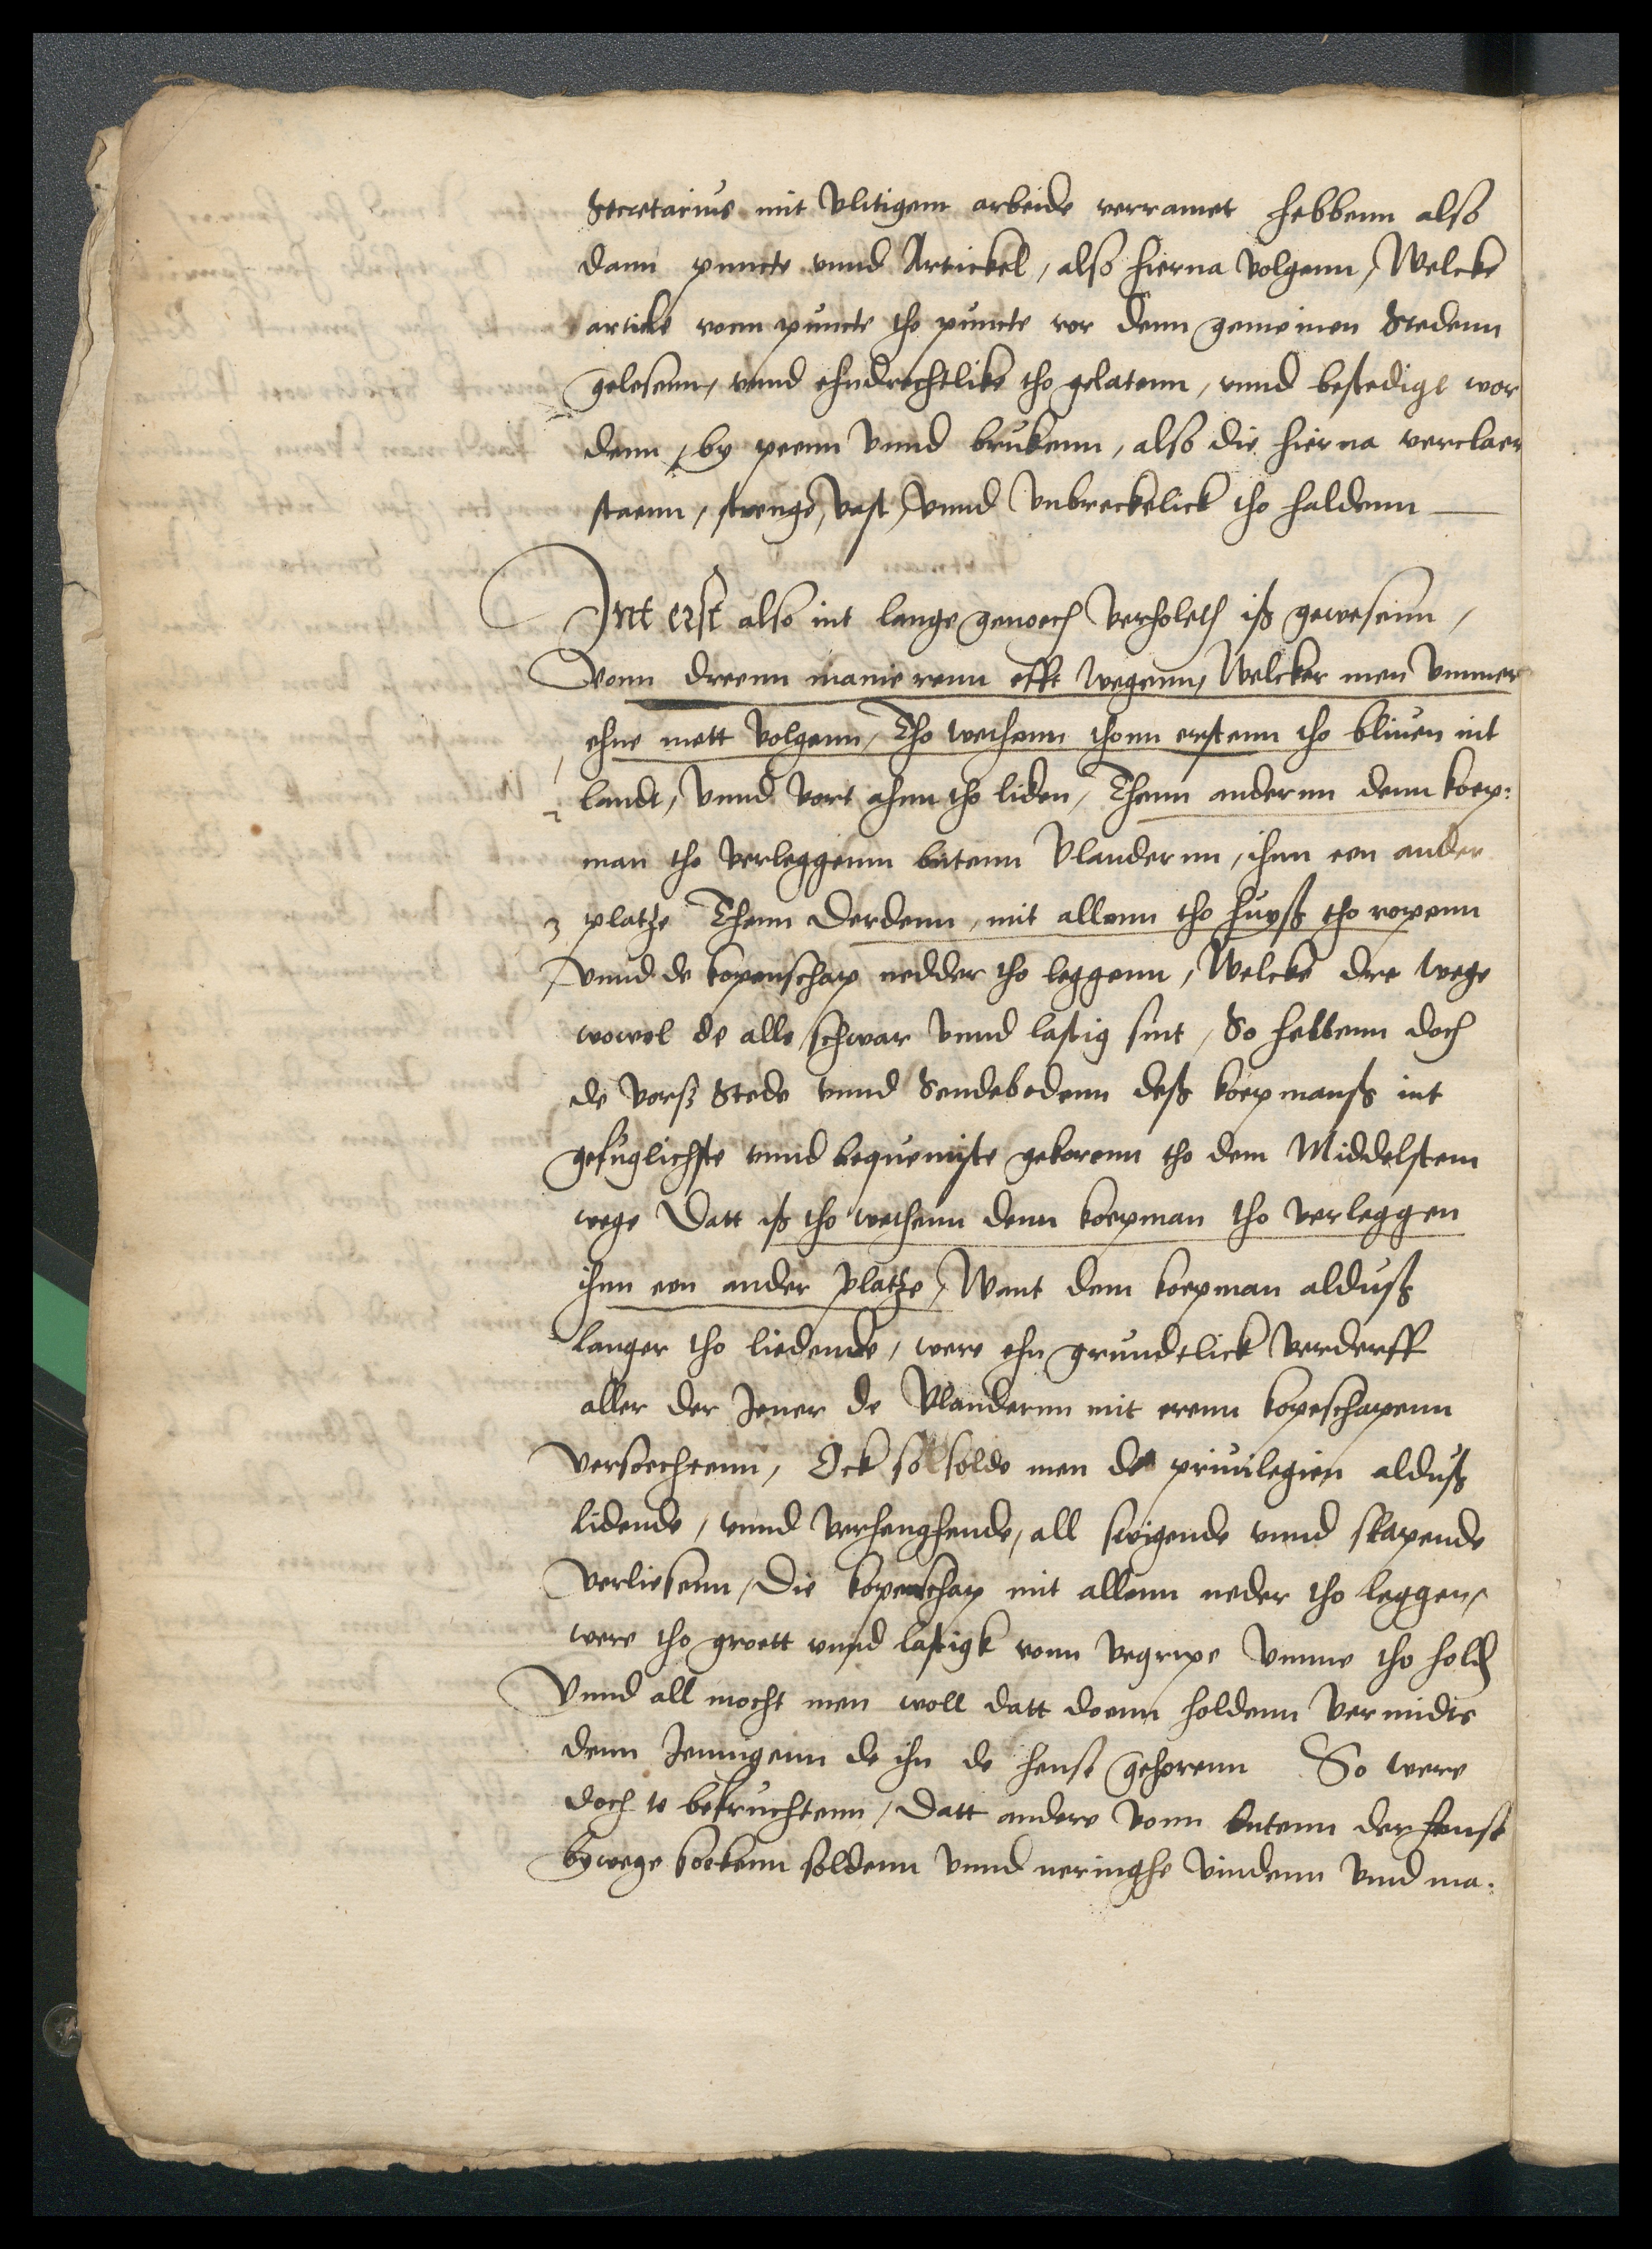
Secretarius mit vlitigem arbeide verramet hebbenn also
dann puncte vnnd Artickel, also hierna volgenn, Welcke
article vonn puncte tho puncte vor denn gemeinen Stedenn
gelesenn, vnnd ehndrechtlike tho gelatenn, vnnd bestedigt wor¬
denn, by peen vnnd brukenn, also die hierna verclaert
staen, strenge, vest, vnnd vnbrecklick tho haldenn

Jnt erst also int lange genoech verholeth iß gewesenn,
vonn dreenn manierenn efft wegenn, Welcker men vmmer
ehne mett volgenn, Tho wethenn thom erstenn tho bliuen int
landt, vnnd vort ahnn tho liden, Thenn andernn denn koep¬
man to verleggenn butenn Vlandernn, ihnn een ander
3 platze Thenn derdenn, mit allenn tho huyß tho ropenn
vnnd de kopenschap nedder tho leggen, Welcke dre wege
wowol de alle schwar vnnd lastig sint, So hebben doch
de vorscreuen Stede vnnd Sendebodenn deß koepmanß int
gefuglichste vnnd bequemiste bekorenn tho dem Middelstem
wege datt iß tho wethenn denn koepman tho verleggen
ihnn een ander platze, want dem koepman alduß
langer tho liedende, were ehn grundtlick verderff
aller der Jener de Vlandernn mit erenn kopeschapenn
versoechtenn, Ock so solde men de priuilegien alduß
lidende, vnnd verhenghende, all swigende vnnd slapende
verliesenn, die kopenschap mit allenn neder tho leggen,
were tho groett vnnd lastigk vonn begripe vmme tho holden
vnnd all mocht men woll datt doenn holdenn vermidts
denn Jennigenn de ihn de hense gehorenn So were
doch to befruchtenn, datt andere vonn butenn der hense
by wege boekenn soldenn vnnd neringhe vindenn vnd ma¬